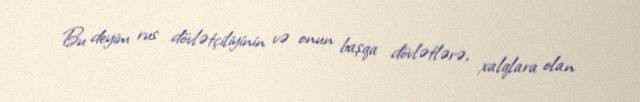
Bu deyim rus dövlətçiliyinin və onun başqa dövlətlərə, xalqlara olan